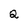
Character: Q